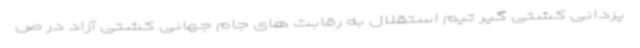
یزدانی کشتی گیر تیم استقلال به رقابت های جام جهانی کشتی آزاد در ص